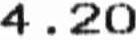
4.20